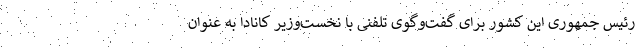
رئیس جمهوری این کشور برای گفت‌و‌گوی تلفنی با نخست‌وزیر کانادا به عنوان